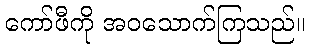
ကော်ဖီကို အဝသောက်ကြသည်။